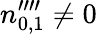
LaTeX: n_{0,1}^{\prime\prime\prime\prime}\neq 0